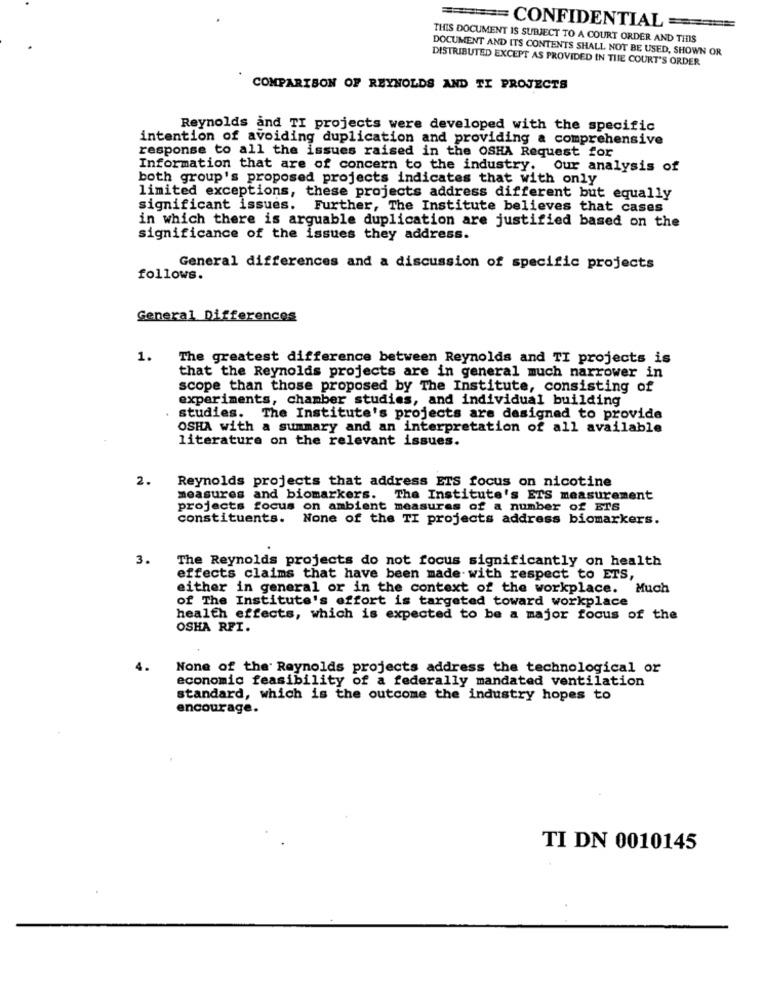
====== CONFIDENTIAL=
THIS DOCUMENT IS SUBJECT TO A COURT ORDER AND THIS
DOCUMENT AND ITS CONTENTS SHALL NOT BE USED, SHOWN OR
DISTRIBUTED EXCEPT AS PROVIDED IN THE COURT'S ORDER
COMPARISON OF REYNOLDS AND TI PROJECTS
Reynolds and TI projects were developed with the specific
intention of avoiding duplication and providing a comprehensive
response to all the issues raised in the OSHA Request for
Information that are of concern to the industry. Our analysis of
both group's proposed projects indicates that with only
limited exceptions, these projects address different but equally
significant issues. Further, The Institute believes that cases
in which there is arguable duplication are justified based on the
significance of the issues they address.
General differences and a discussion of specific projects
follows.
General Differences
1.
The greatest difference between Reynolds and TI projects is
that the Reynolds projects are in general much narrower in
scope than those proposed by The Institute, consisting of
experiments, chamber studies, and individual building
studies. The Institute's projects are designed to provide
OSHA with a summary and an interpretation of all available
literature on the relevant issues.
2.
Reynolds projects that address ETS focus on nicotine
measures and biomarkers. The Institute's ETS measurement
projects focus on ambient measures of a number of ETS
constituents. None of the TI projects address biomarkers.
3.
The Reynolds projects do not focus significantly on health
effects claims that have been made with respect to ETS,
either in general or in the context of the workplace. Much
of The Institute's effort is targeted toward workplace
health effects, which is expected to be a major focus of the
OSHA RFI.
4.
None of the Reynolds projects address the technological or
economic feasibility of a federally mandated ventilation
standard, which is the outcome the industry hopes to
encourage.
TI DN 0010145